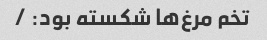
تخم مرغ‌ها شکسته بود: /